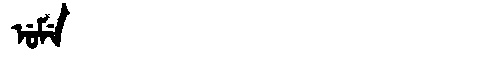
Manchu: ᡠᠮᡝ
Romanization: UME